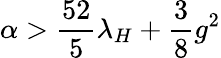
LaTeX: \alpha>{\frac{52}{5}}\lambda_{H}+{\frac{3}{8}}g^{2}